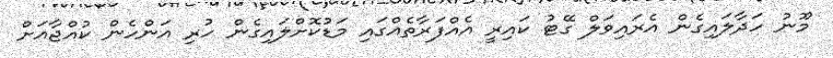
މޫނު ހަދާލައިގެން އެރައިވަލް ގޭޓު ކައިރީ އެއްފަރާތެއްގައި މަޑުކޮށްލައިގެން ހުރި އަންހެން ކުއްޖާއަށް